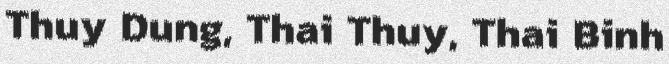
Thuy Dung, Thai Thuy, Thai Binh